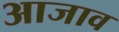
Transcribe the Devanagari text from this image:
आजाव